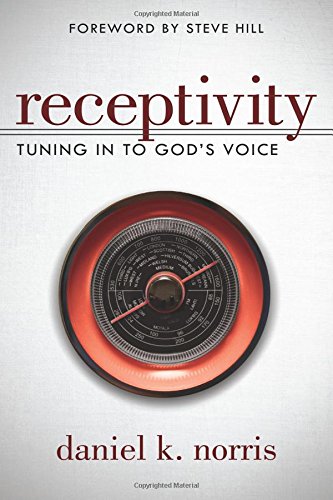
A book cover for Receptivity: Tuning in to GodEEs Voice; Daniel Norris; Christian Books & Bibles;